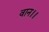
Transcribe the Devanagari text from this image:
वान।।